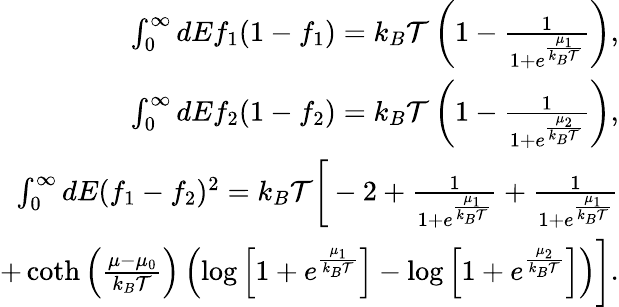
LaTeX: \begin{array}{r}{{\int_{0}^{\infty}dEf_{1}(1-f_{1})}={k_{B}\mathcal{T}\left(1-\frac{1}{1+e^{\frac{\mu_{1}}{k_{B}\mathcal{T}}}}\right),}}\\ {{\int_{0}^{\infty}dEf_{2}(1-f_{2})}={k_{B}\mathcal{T}\left(1-\frac{1}{1+e^{\frac{\mu_{2}}{k_{B}\mathcal{T}}}}\right),}}\\ {{\int_{0}^{\infty}dE(f_{1}-f_{2})^{2}=k_{B}\mathcal{T}\bigg[-2+\frac{1}{1+e^{\frac{\mu_{1}}{k_{B}\mathcal{T}}}}+\frac{1}{1+e^{\frac{\mu_{1}}{k_{B}\mathcal{T}}}}}}\\ {{+\coth\left(\frac{\mu-\mu_{0}}{k_{B}\mathcal{T}}\right)\left(\log\left[1+e^{\frac{\mu_{1}}{k_{B}\mathcal{T}}}\right]-\log\left[1+e^{\frac{\mu_{2}}{k_{B}\mathcal{T}}}\right]\right)\bigg].}}\end{array}